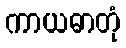
ကာယဓာတုံ